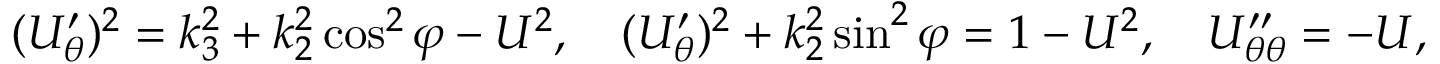
\begin{array} { r } { ( U _ { \theta } ^ { \prime } ) ^ { 2 } = k _ { 3 } ^ { 2 } + k _ { 2 } ^ { 2 } \cos ^ { 2 } \varphi - U ^ { 2 } , \quad ( U _ { \theta } ^ { \prime } ) ^ { 2 } + k _ { 2 } ^ { 2 } \sin ^ { 2 } \varphi = 1 - U ^ { 2 } , \quad U _ { \theta \theta } ^ { \prime \prime } = - U , } \end{array}